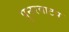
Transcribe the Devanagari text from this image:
पुनरवाटप